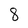
Character: 8